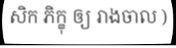
សិក ភិក្ខុ ឲ្យ រាងចាល )